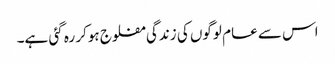
اس سے عام لوگوں کی زندگی مفلوج ہوکر رہ گئی ہے۔